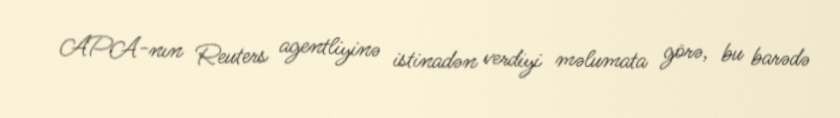
APA-nın Reuters agentliyinə istinadən verdiyi məlumata görə, bu barədə